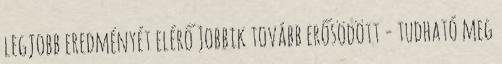
legjobb eredményét elérő Jobbik tovább erősödött - tudható meg